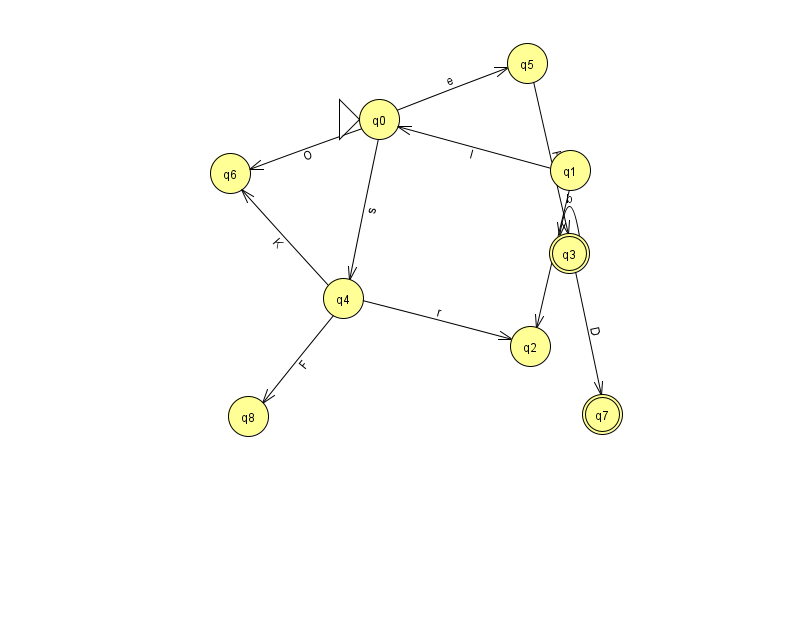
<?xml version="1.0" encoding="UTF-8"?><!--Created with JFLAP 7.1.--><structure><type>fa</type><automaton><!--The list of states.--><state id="0" name="q0"><x>379.0</x><y>106.0</y><initial/></state><state id="1" name="q1"><x>570.0</x><y>157.0</y></state><state id="2" name="q2"><x>530.0</x><y>333.0</y></state><state id="3" name="q3"><x>569.0</x><y>240.0</y><final/></state><state id="4" name="q4"><x>343.0</x><y>285.0</y></state><state id="5" name="q5"><x>527.0</x><y>50.0</y></state><state id="6" name="q6"><x>230.0</x><y>160.0</y></state><state id="7" name="q7"><x>602.0</x><y>401.0</y><final/></state><state id="8" name="q8"><x>248.0</x><y>403.0</y></state><!--The list of transitions.--><transition><from>3</from><to>3</to><read>b</read></transition><transition><from>5</from><to>3</to><read>P</read></transition><transition><from>1</from><to>0</to><read>l</read></transition><transition><from>0</from><to>6</to><read>O</read></transition><transition><from>4</from><to>2</to><read>r</read></transition><transition><from>1</from><to>2</to><read>A</read></transition><transition><from>0</from><to>5</to><read>e</read></transition><transition><from>4</from><to>8</to><read>F</read></transition><transition><from>0</from><to>4</to><read>s</read></transition><transition><from>4</from><to>6</to><read>K</read></transition><transition><from>3</from><to>7</to><read>D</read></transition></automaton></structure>